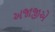
અજાજીએ